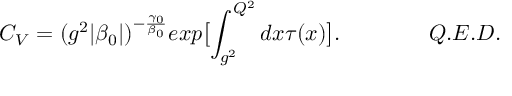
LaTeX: C _ { V } = ( g ^ { 2 } | \beta _ { 0 } | ) ^ { - \frac { \gamma _ { 0 } } { \beta _ { 0 } } } e x p \bigl [ \int _ { g ^ { 2 } } ^ { Q ^ { 2 } } d x \tau ( x ) \bigr ] . \qquad \qquad Q . E . D .